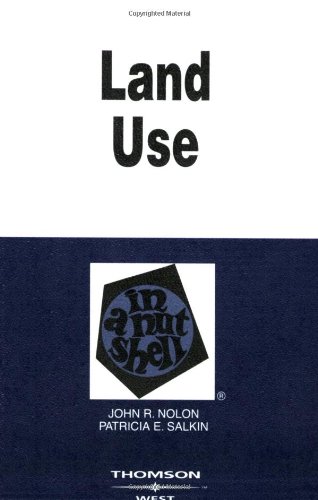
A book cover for Land Use in a Nutshell; John Nolon; Business & Money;